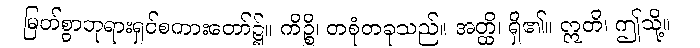
မြတ်စွာဘုရားရှင်စကားတော်၌။ ကိဉ္စိ၊ တစုံတခုသည်။ အတ္ထိ၊ ရှိ၏။ ဣတိ၊ ဤသို့။